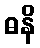
ဓနိ